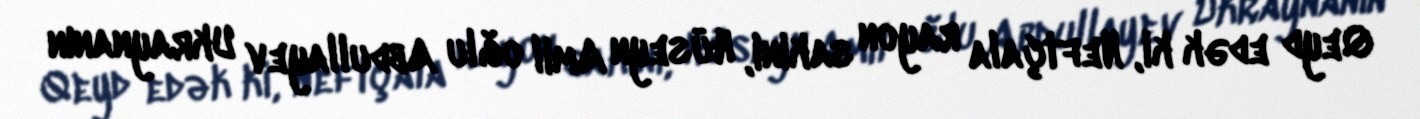
Qeyd edək ki, Neftçala rayon sakini, Hüseyn Amil oğlu Abdullayev Ukraynanın